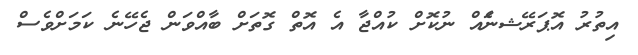
އިތުރު އޮޕަރޭޝނަެއް ނުކޮށް ކުއްޖާ އެ އޮތް ގޮތަށް ބާއްވަން ޖެހޭނެ ކަމަށްވެސް